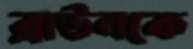
ব্রাউনকে